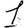
Digit: 1